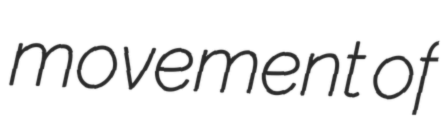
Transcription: movement of